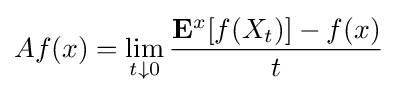
Af(x)=\lim _{t\downarrow 0}{\frac {\mathbf {E} ^{x}[f(X_{t})]-f(x)}{t}}